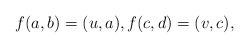
LaTeX: \begin{align*}f(a,b)=(u,a),f(c,d)=(v,c),\end{align*}